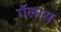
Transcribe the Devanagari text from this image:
गॅलास